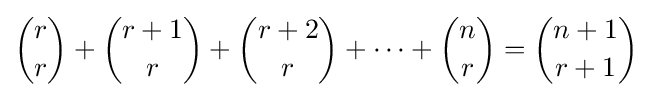
{\binom {r}{r}}+{\binom {r+1}{r}}+{\binom {r+2}{r}}+\cdots +{\binom {n}{r}}={\binom {n+1}{r+1}}